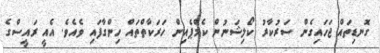
ގޮނޑިތައް ޖަހައިގެން ސަރުކާރު ކޯލިޝަނުން ކެމްޕެއިން ހަރަކާތްތައް ހިންގާފައި ވެއެވެ. އެއީ ރައީސްގެ